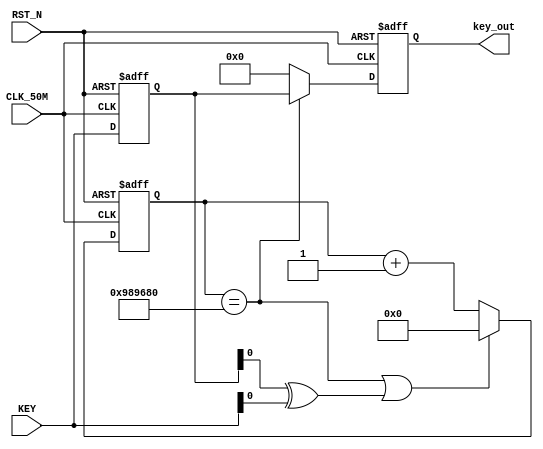
//---------------------------------------------------------------------------
//--			:	A4_Ked2.v
//--			:	ZIRCON
//--			:	
//--		:	2014-1-1
//---------------------------------------------------------------------------
module Key_Module
(
	//
	CLK_50M,RST_N,
	//
	KEY,key_out
);  
 
//---------------------------------------------------------------------------
//--	
//---------------------------------------------------------------------------
input					CLK_50M;				//,50MHz
input					RST_N;				//,
input		[ 7:0]	KEY;					//KEY
output	[ 7:0]	key_out;				//

//---------------------------------------------------------------------------
//--	
//---------------------------------------------------------------------------
reg		[24:0]	time_cnt;			//
reg		[24:0]	time_cnt_n;			//time_cnt
reg		[ 7:0]	key_in_r;			//
reg		[ 7:0]	key_out;				//
reg		[ 7:0] 	key_out_n;			//key_out
wire					key_press;			//

//20ms,  (20*10^3)us / (1/50)us  50MHz
parameter SET_TIME_20MS = 25'd10_000_000;	

//---------------------------------------------------------------------------
//--		
//---------------------------------------------------------------------------
//key_in_r
always @ (posedge CLK_50M, negedge RST_N)
begin
	if(!RST_N)								//
		key_in_r <= 8'h00;				//key_in_r
	else
		key_in_r <= KEY;					//key_in_r
end

assign key_press = key_in_r ^ KEY;	//

//time_cnt
always @ (posedge CLK_50M, negedge RST_N)
begin
	if(!RST_N)								//
		time_cnt <= 25'h0;				//time_cnt
	else
		time_cnt <= time_cnt_n;			//time_cnt
end

//20ms
always @ (*)
begin
	if(time_cnt == SET_TIME_20MS || key_press) //
		time_cnt_n = 25'h0;				//20ms,
	else
		time_cnt_n = time_cnt + 1'b1;//20ms,
end

//key_out
always @ (posedge CLK_50M, negedge RST_N)
begin
	if(!RST_N)								//
		key_out <= 8'h00;					//key_out
	else
		key_out <= key_out_n;			//key_out
end

//20ms
always @ (*)
begin
	if(time_cnt == SET_TIME_20MS)		//20ms
		key_out_n = key_in_r;			//20ms,
	else
		key_out_n = 8'h00;				//20ms,
end

endmodule